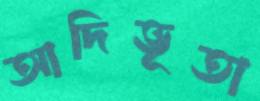
আদিভূতা